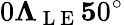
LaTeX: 0\le\Lambda_{\mathrm{~L~E~}}\le 50^{\circ}